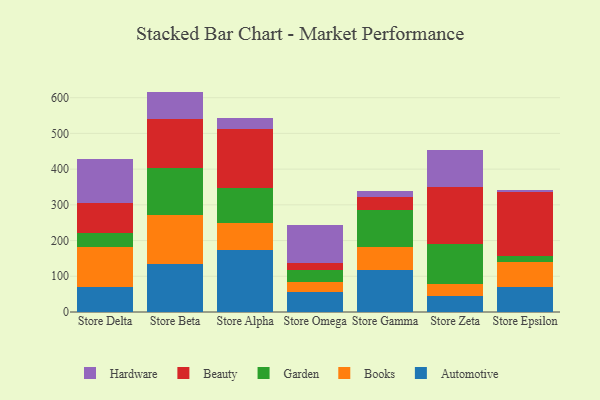
{"axis": {"x": "Store", "y": "Churn Rate (%)"}, "legend": ["Automotive", "Beauty", "Books", "Garden", "Hardware"], "data": [{"x": "Store Delta", "y": 70.0, "type": "Automotive"}, {"x": "Store Delta", "y": 111.4, "type": "Books"}, {"x": "Store Delta", "y": 40.2, "type": "Garden"}, {"x": "Store Delta", "y": 82.8, "type": "Beauty"}, {"x": "Store Delta", "y": 125.2, "type": "Hardware"}, {"x": "Store Beta", "y": 134.3, "type": "Automotive"}, {"x": "Store Beta", "y": 137.4, "type": "Books"}, {"x": "Store Beta", "y": 131.2, "type": "Garden"}, {"x": "Store Beta", "y": 137.2, "type": "Beauty"}, {"x": "Store Beta", "y": 77.0, "type": "Hardware"}, {"x": "Store Alpha", "y": 174.7, "type": "Automotive"}, {"x": "Store Alpha", "y": 75.6, "type": "Books"}, {"x": "Store Alpha", "y": 96.1, "type": "Garden"}, {"x": "Store Alpha", "y": 166.2, "type": "Beauty"}, {"x": "Store Alpha", "y": 31.6, "type": "Hardware"}, {"x": "Store Omega", "y": 55.5, "type": "Automotive"}, {"x": "Store Omega", "y": 27.4, "type": "Books"}, {"x": "Store Omega", "y": 34.2, "type": "Garden"}, {"x": "Store Omega", "y": 20.9, "type": "Beauty"}, {"x": "Store Omega", "y": 104.6, "type": "Hardware"}, {"x": "Store Gamma", "y": 116.7, "type": "Automotive"}, {"x": "Store Gamma", "y": 66.7, "type": "Books"}, {"x": "Store Gamma", "y": 102.9, "type": "Garden"}, {"x": "Store Gamma", "y": 35.7, "type": "Beauty"}, {"x": "Store Gamma", "y": 17.6, "type": "Hardware"}, {"x": "Store Zeta", "y": 45.0, "type": "Automotive"}, {"x": "Store Zeta", "y": 33.9, "type": "Books"}, {"x": "Store Zeta", "y": 111.9, "type": "Garden"}, {"x": "Store Zeta", "y": 160.5, "type": "Beauty"}, {"x": "Store Zeta", "y": 100.9, "type": "Hardware"}, {"x": "Store Epsilon", "y": 70.5, "type": "Automotive"}, {"x": "Store Epsilon", "y": 68.5, "type": "Books"}, {"x": "Store Epsilon", "y": 18.6, "type": "Garden"}, {"x": "Store Epsilon", "y": 177.8, "type": "Beauty"}, {"x": "Store Epsilon", "y": 6.9, "type": "Hardware"}]}